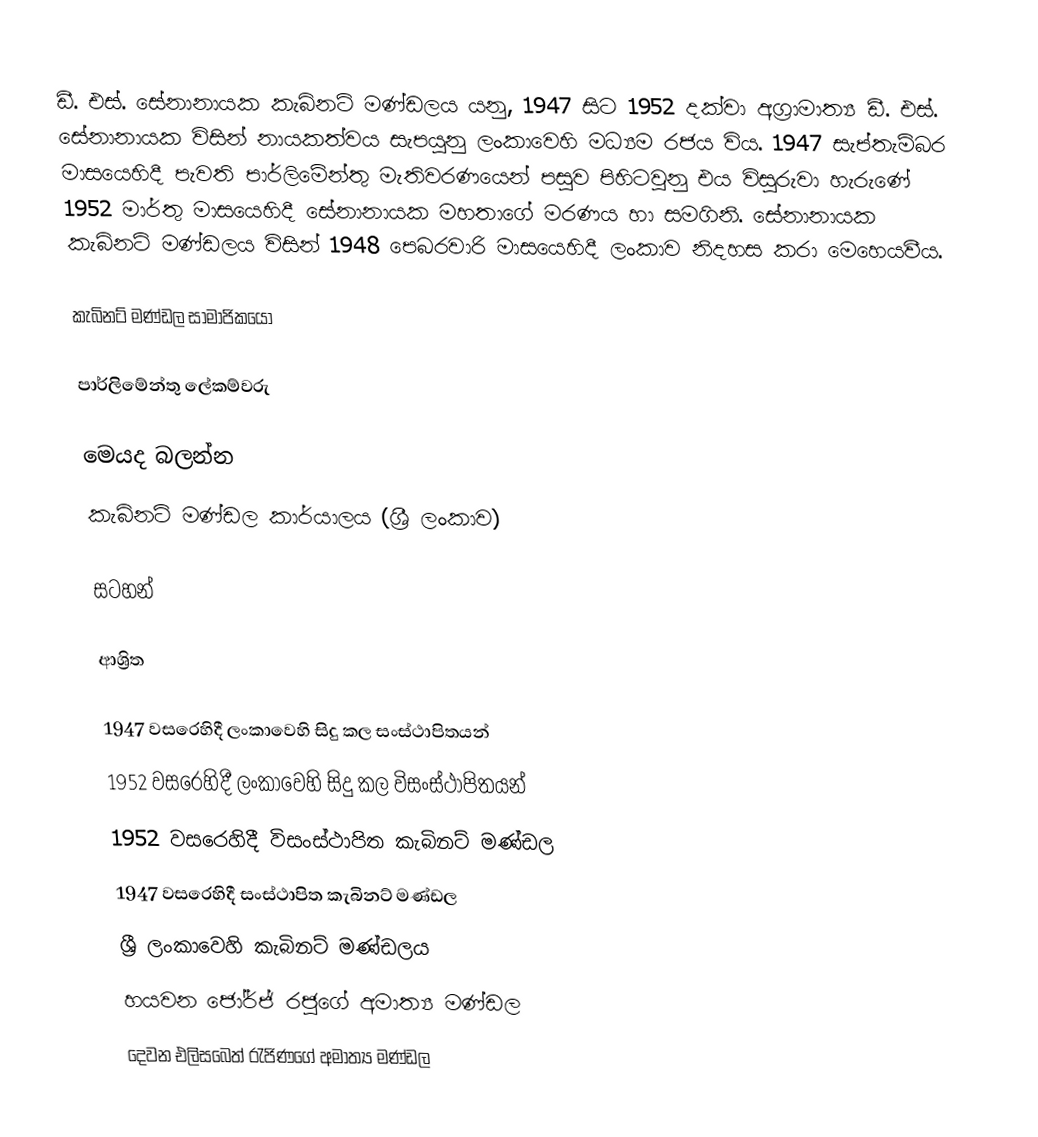
ඩී. එස්. සේනානායක කැබිනට් මණ්ඩලය යනු,  1947 සිට 1952 දක්වා අග්‍රාමාත්‍ය ඩී. එස්. සේනානායක විසින් නායකත්වය සැපයුනු ලංකාවෙහි මධ්‍යම රජය විය. 1947 සැප්තැම්බර මාසයෙහිදී පැවති  පාර්ලිමේන්තු මැතිවරණයෙන් පසුව පිහිටවුනු එය විසුරුවා හැරුණේ 1952  මාර්තු මාසයෙහිදී සේනානායක මහතාගේ මරණය හා සමගිනි. සේනානායක කැබිනට් මණ්ඩලය විසින් 1948 පෙබරවාරි මාසයෙහිදී ලංකාව නිදහස කරා මෙහෙයවීය.

කැබිනට් මණ්ඩල සාමාජිකයෝ

පාර්ලිමේන්තු ලේකම්වරු

මෙයද බලන්න
 කැබිනට් මණ්ඩල කාර්යාලය (ශ්‍රී ලංකාව)

සටහන්

ආශ්‍රිත

1947 වසරෙහිදී ලංකාවෙහි සිදු කල සංස්ථාපිතයන්
1952 වසරෙහිදී ලංකාවෙහි සිදු කල විසංස්ථාපිතයන්
 1952 වසරෙහිදී විසංස්ථාපිත කැබිනට් මණ්ඩල
1947 වසරෙහිදී සංස්ථාපිත කැබිනට් මණ්ඩල
ශ්‍රී ලංකාවෙහි කැබිනට් මණ්ඩලය
හයවන ජෝර්ජ් රජුගේ අමාත්‍ය මණ්ඩල
දෙවන එලිසබෙත් රැජිණගේ අමාත්‍ය මණ්ඩල